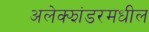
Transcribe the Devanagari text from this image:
अलेक्झांडरमधील